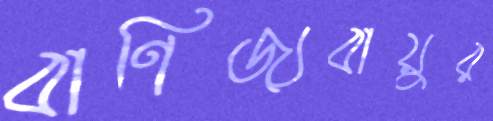
বাণিজ্যবায়ুর